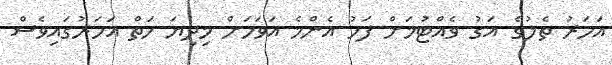
އަހަރު ތެލުގެ އަގު ވެއްޓުމަށް ފަހު އެންމެ އަވަހަށް މިދިޔަ ހަތް އަހަރުގައިވެސް